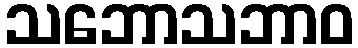
သဘောသဘာဝ